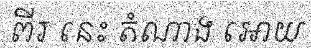
ពីរ នេះ តំណាង អោយ